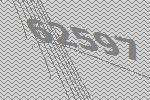
62597